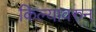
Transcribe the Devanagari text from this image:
किल्यावरुन